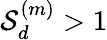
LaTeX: {\cal S}_{d}^{(m)}>1